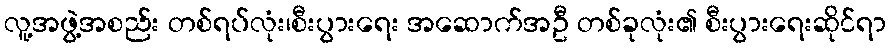
လူ့အဖွဲ့အစည်း တစ်ရပ်လုံး၊စီးပွားရေး အဆောက်အဦ တစ်ခုလုံး၏ စီးပွားရေးဆိုင်ရာ